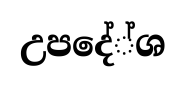
උපදේ්ශ